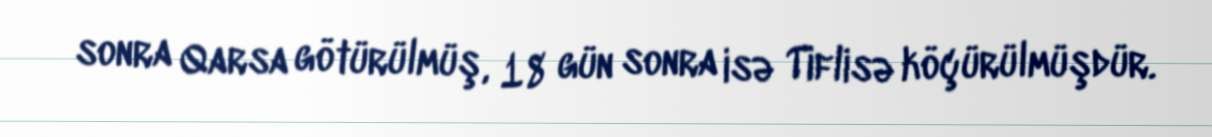
sonra Qarsa götürülmüş, 18 gün sonra isə Tiflisə köçürülmüşdür.